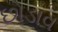
છોડાવ